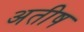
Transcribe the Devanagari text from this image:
अतीष